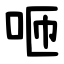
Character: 咂